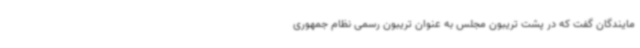
مایندگان گفت که در پشت تریبون مجلس به عنوان تریبون رسمی نظام جمهوری